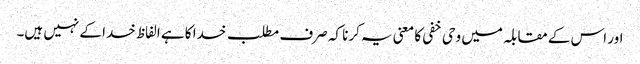
اور اس کے مقابلہ میں وحی خفی کا معنی یہ کرنا کہ صرف مطلب خدا کا ہے الفاظ خدا کے نہیں ہیں۔